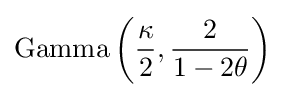
\mathrm {Gamma} \left({\frac {\kappa }{2}},{\frac {2}{1-2\theta }}\right)